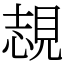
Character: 覟